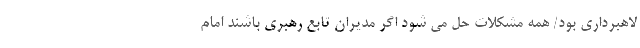
لاهبرداری بود/ همه مشکلات حل می شود اگر مدیران تابع رهبری باشند امام